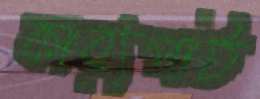
কাব্যপাঠ